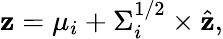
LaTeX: \mathbf{z}=\mu_{i}+\Sigma_{i}^{1/2}\times\hat{{\mathbf{z}}},